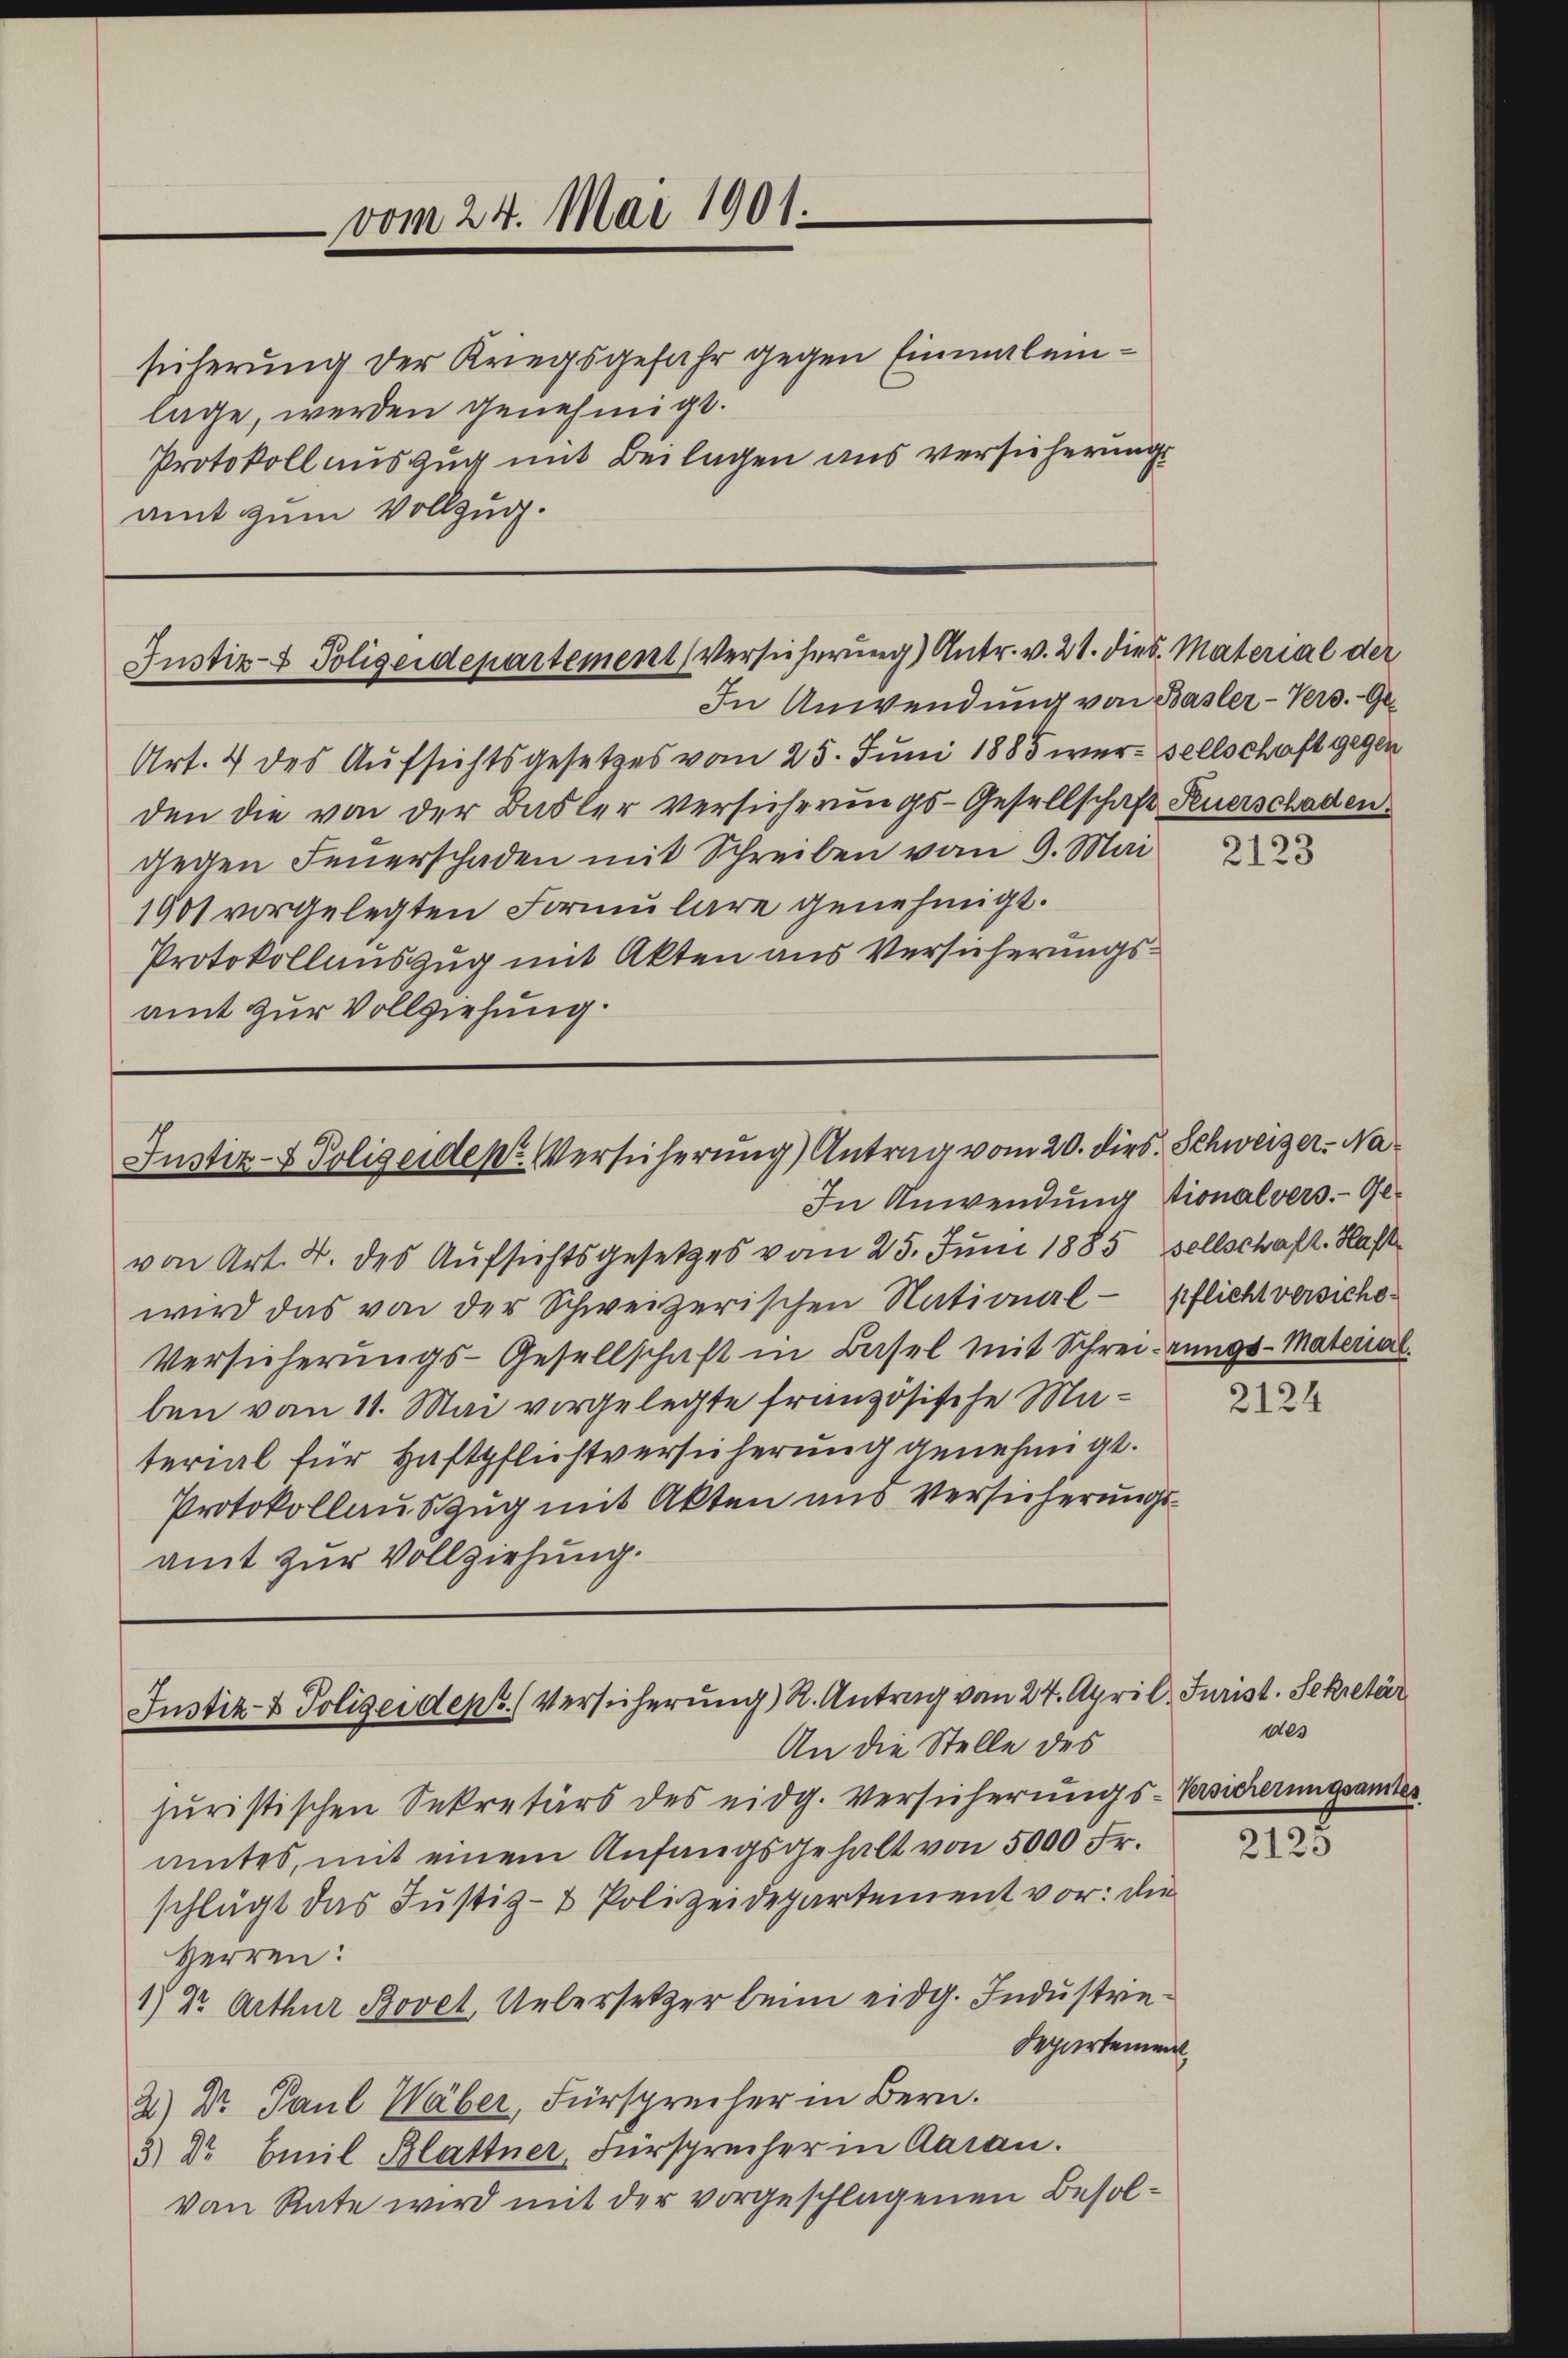
vom 24. Mai 1901.

sicherung der Kriegsgefahr gegen Einmalenlage, werden genehmigt.
Protokoll auszug mit Beilagen aus versicherungs
amt zum Vollzug.

Justiz- & Polizeidepartement Versicherung) Antr. v. 21. dies Material der
In Anwendung von Basler-Vers. Ge¬

Justiz- & Polizeidep. Versicherung) Antrag vom 20. dies. Schweizer. Na¬
In Anwendung tionalvers.- Ge¬

Justiz- & Polizeideps. (Versicherung) R. Antrag vom 24. April. Jurist. Sekretär
An die Stelle des

Art. 4 des Aufsichtsgesetzes vom 25. Juni 1885 wer- sellschaft gegen
den die von der Basler versicherungs-Gesellschaft Feuerschaden
gegen Feuerschaden mit Schreiben vom 9. Mai
1901 vorgelegten Formulare genehmigt.
Protokollauszug mit Akten aus Versicherungsamt zur Vollziehung.

von Art. 2. des Aufsichtsgesetzes vom 25. Juni 1885 sellschaft. Haft
wird das von der Schweizerischen National-pflicht versiche
Versicherungs-Gesellschaft in Basel mit Schreizungs-Material.
ben von 11. Mai vorgelegte französische Material für Haftpflichtversicherung genehmigt.
Protokollauszug mit Akten aus Versicherungsamt zur Vollziehung.

juristischen Sekretärs des eidg. Versicherungs-Versicherungsanter
amtes, mit einem Anfangsgehalt von 5000 Fr.
schlägt das Justiz- & Polizeidepartement vor: die
Herren:
1) 22 Arthur Bovet Uebersetzer beim eidg. Industrie¬
Departement
2) Dr. Paul Wäber, Fürsprecher in Bern.
3) Dr Emil Blattner, Fürsprecher in Aarau
von Rate wird mit der vorgeschlagenen Besol¬

2123

2124

des

215.